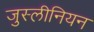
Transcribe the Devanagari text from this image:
जुस्लीनियन